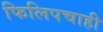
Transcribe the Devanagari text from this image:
फिलिपचाही